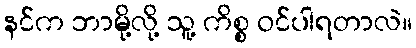
နင်က ဘာမို့လို့ သူ့ ကိစ္စ ဝင်ပါရတာလဲ။